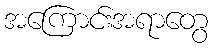
အကြောင်းအရာတွေ